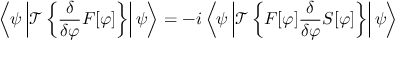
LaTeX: \left\langle \psi \left| { \mathcal { T } } \left\{ { \frac { \delta } { \delta \varphi } } F [ \varphi ] \right\} \right| \psi \right\rangle = - i \left\langle \psi \left| { \mathcal { T } } \left\{ F [ \varphi ] { \frac { \delta } { \delta \varphi } } S [ \varphi ] \right\} \right| \psi \right\rangle